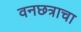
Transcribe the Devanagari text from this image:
वनछत्राचा